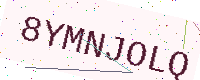
Text: 8YMNJOLQ